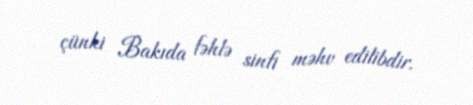
çünki Bakıda fəhlə sinfi məhv edilibdir.